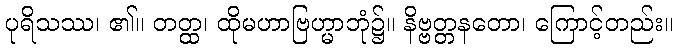
ပုရိသဿ၊ ၏။ တတ္ထ၊ ထိုမဟာဗြဟ္မာဘုံ၌။ နိဗ္ဗတ္တနတော၊ ကြောင့်တည်း။